Indian journal of veterinary science and animal husbandry - Volume 11,
Year: 1941
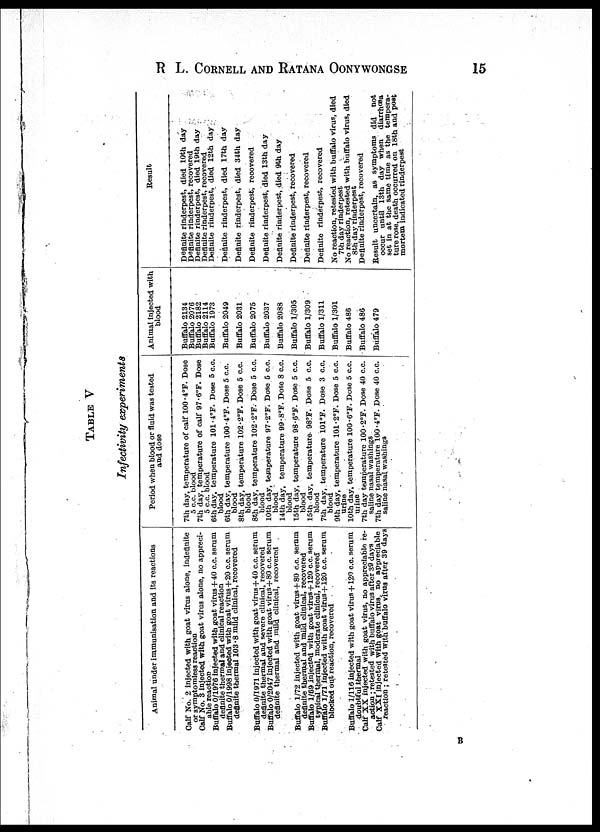
R L. CORNELL AND RATANA OONYWONGSE 15
TABLE V
Infectivity experiments
Animal under immunisation and its reactions
Calf No. 2 injected with goat virus alone, indefinite
or symptomless reaction
Calf No. 3 injected with goat virus alone, no appreci-
able reaction
Buffalo 0/1976 injected with goat virus+40 c.c. serum
definite thermal and clinical reaction
Buffalo 0/1998 injected with goat virus+ 20 c.c. serum
definite thermal 103.8 mild clinical, recovered
Buffalo 0/1971 Injected with goat virus + 40 c.c. serum
definite thermal and severe clinical, recovered
Buffalo 0/2047 injected with goat virus+ 80 c.c. serum
definite thermal and mild clinical, recovered
Buffalo 1/72 Injected with goat virus+ 80 c.c. sernm
definite thermal and mild clinical, recovered
Buffalo 1/69 injected with goat virus+120 c.c. serum
typical thermal, moderate clinical, recovered
Buffalo 1/71 Injected with goat virus + 120 c.c. serum
blocked out reaction, recovered
Buffalo 1/116 Injected with goat virus+ 120 c.c. serum
doubtful thermal
Calf XX injected with goat virus, no appreciable re-
action ; retested with buffalo virus after 39 days
Calf XXI injected with goat virus, no appreciable
reaction ; retested with buffalo virus after 39 days
Period when blood or fluid was tested
and dose
7th day, temperature of calf 100.4°F. Dose
5 c.c. blood
7th day, temperature of calf 97.6°F. Dose
5 c.c. blood
6th day, temperature 101.4°F. Dose 5 c.c.
blood
6th day, temperature 100 .4°F. Dose 5 c.c.
blood
8th day, temperature 102.2°F. Dose 5 c.c.
blood
8th day, temperature 102.2°F. Dose 5 c.c.
blood
10th day, temperature 97.2°F. Dose 5 c.c.
blood
14th day, temperature 99.8°F. Dose 8 c.c.
blood
15th day, temperature 98.6°F. Dose 5 c.c.
blood
15th day, temperature 98°F. Dose 5 c.c.
blood
7th day, temperature 101°F. Dose 3 c.c.
blood
9th day, temperature 101.2°F. Dose 5 c.c.
urine
10th day, temperature 100.6°F. Dose 5 c.c.
urine
7th day temperature 100.2°F. Dose 40 c.c.
saline nasal washings
7th day temperature 100.4°F. Dose 40 c.c.
saline nasal washingsi
Animal injected with
blood
Buffalo 2134
Buffalo 2076
Buffalo 2182
Buffalo 2114
Buffalo 1973
Buffalo 2049
Buffalo 2031
Buffalo 2075
Buffalo 2037
Buffalo 2088
Buffalo 1/305
Buffalo 1/309
Buffalo 1/311
Buffalo 1/301
Buffalo 486
Buffalo 486
Buffalo 479
Result
Definite rinderpest, died 10th day
Definite rinderpest, recovered
Definite rinderpest, died 19th day
Definite rinderpest, recovered
Definite rinderpest, died 12th day
Definite rinderpest, died 17th day
Definite rinderpest, died 34th day
Definite rinderpest, recovered
Definite rinderpest, died 13th day
Definite rinderpest, died 9th day
Definite rinderpest, recovered
Definite rinderpest, recovered
Definite rinderpest, recovered
No reaction, retested with buffalo virus, died
7th day rinderpest
No reaction, retested with buffalo virus, died
8th day rinderpest
Definite rinderpest, recovered
Result uncertain, as symptoms did not
occur until 13th day when diarrhœa
set in at the same time as the tempera-
ture rose, death occurred on 18th and post
mortem indicated rinderpest
B